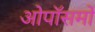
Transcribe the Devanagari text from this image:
ओपॉसमों